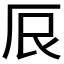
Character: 𫝕